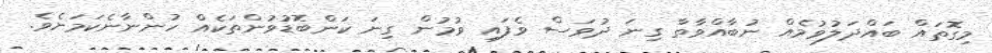
މިގޮތައް ބައްދަލުވުމެއް ނުބާއްވާތާ ގިނަ ދުވަސް ވެފައި ވުމުން ގިނަ ކަންބޮޑުވުންތަކެއް ހުންނާނެކަމަށެވެ.